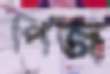
পিজ